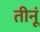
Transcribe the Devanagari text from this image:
तीनूं